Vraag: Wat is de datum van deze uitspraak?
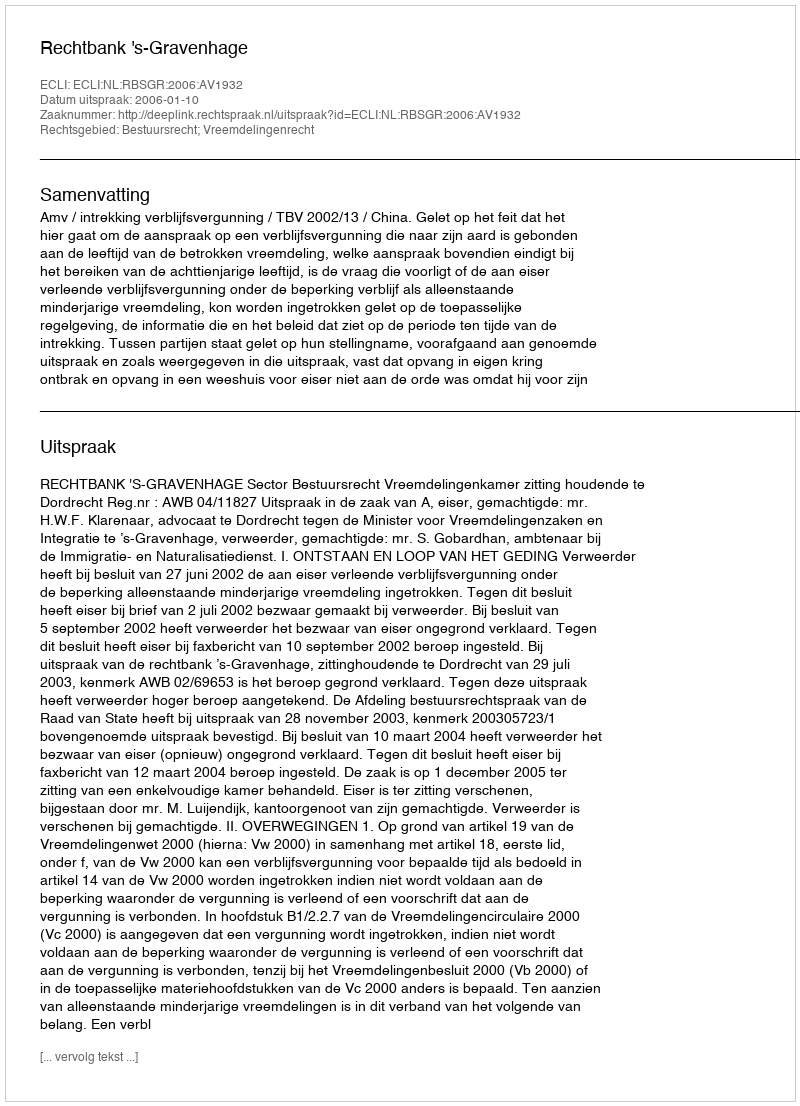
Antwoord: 2006-01-10